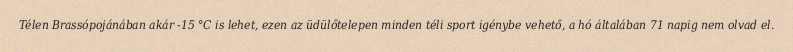
Télen Brassópojánában akár -15 °C is lehet, ezen az üdülőtelepen minden téli sport igénybe vehető, a hó általában 71 napig nem olvad el.